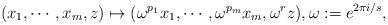
LaTeX: \begin{align*}(x_1, \cdots ,x_m,z) \mapsto (\omega ^{p_1}x_1, \cdots ,\omega ^{p_m}x_m, \omega ^{r}z), \omega := e^{2\pi i/s},\end{align*}